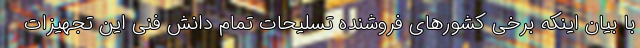
با بیان اینکه برخی کشورهای فروشنده تسلیحات تمام دانش فنی این تجهیزات